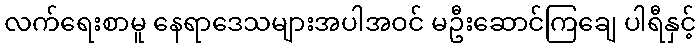
လက်ရေးစာမူ နေရာဒေသများအပါအဝင် မဦးဆောင်ကြချေ ပါရီနှင့်